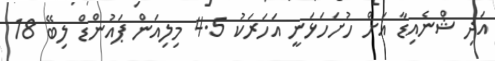
އަދި ޝްނެއިޑާ އަށް ހުށަހަޅަނީ އަހަރަކު 4.5 މިލިއަން ޕައުންޑް ލިބޭ 18